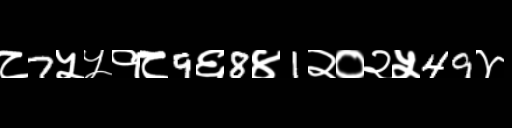
Text: ८7५५१८9६8४1२०२५49४